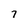
Character: 7